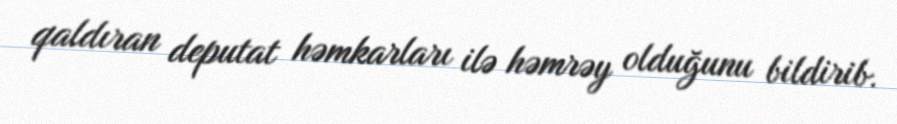
qaldıran deputat həmkarları ilə həmrəy olduğunu bildirib.